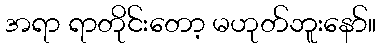
အရာ ရာတိုင်းတော့ မဟုတ်ဘူးနော်။